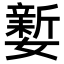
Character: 𡣎